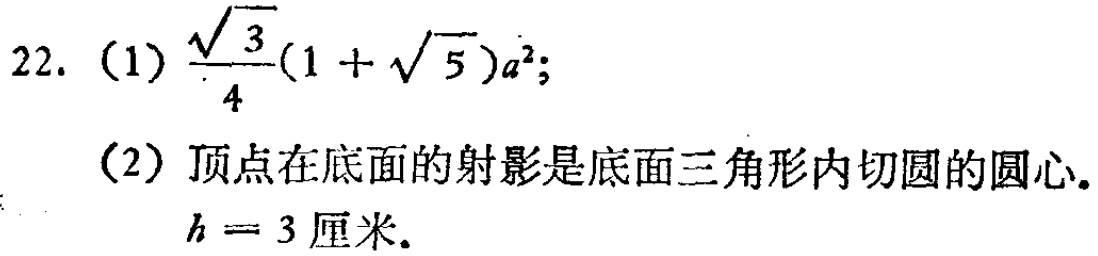
22. (1) $\frac{\sqrt{3}}{4}(1 + \sqrt{5})a^{2}$;
(2) 顶点在底面的射影是底面三角形内切圆的圆心.
$h = 3$ 厘米.